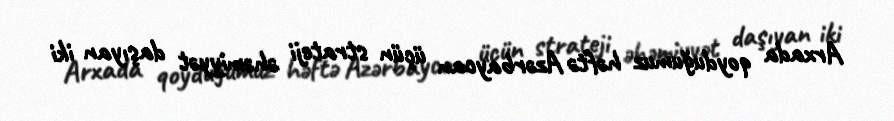
Arxada qoyduğumuz həftə Azərbaycan üçün strateji əhəmiyyət daşıyan iki